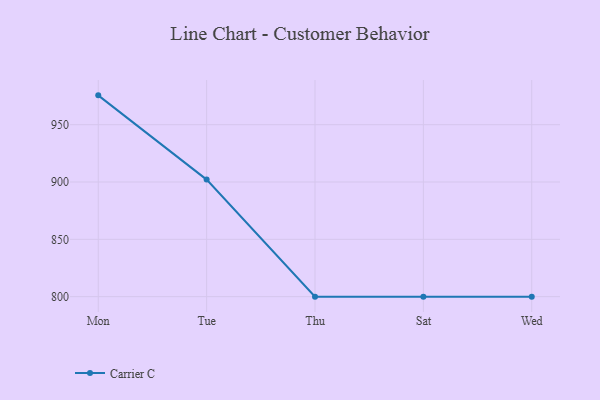
{"axis": {"x": "Day", "y": "LTV (USD)"}, "legend": ["Carrier C"], "data": [{"x": "Mon", "y": 975.6, "type": "Carrier C"}, {"x": "Tue", "y": 902.1, "type": "Carrier C"}, {"x": "Thu", "y": 800, "type": "Carrier C"}, {"x": "Sat", "y": 800, "type": "Carrier C"}, {"x": "Wed", "y": 800, "type": "Carrier C"}]}